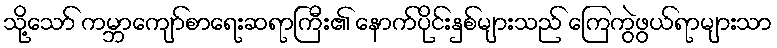
သို့သော် ကမ္ဘာကျော်စာရေးဆရာကြီး၏ နောက်ပိုင်းနှစ်များသည် ကြေကွဲဖွယ်ရာများသာ